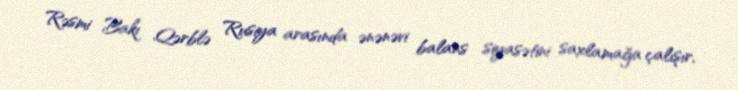
Rəsmi Bakı Qərblə Rusiya arasında ənənəvi balans siyasətini saxlamağa çalışır,